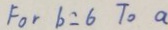
F o r b = 6 T o a